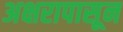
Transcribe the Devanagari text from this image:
अक्षरापासून